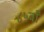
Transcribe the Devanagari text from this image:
८५वाँ